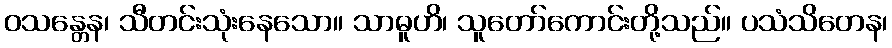
ဝသန္တေန၊ သီတင်းသုံးနေသော။ သာဓူဟိ၊ သူတော်ကောင်းတို့သည်။ ပသံသိတေန၊